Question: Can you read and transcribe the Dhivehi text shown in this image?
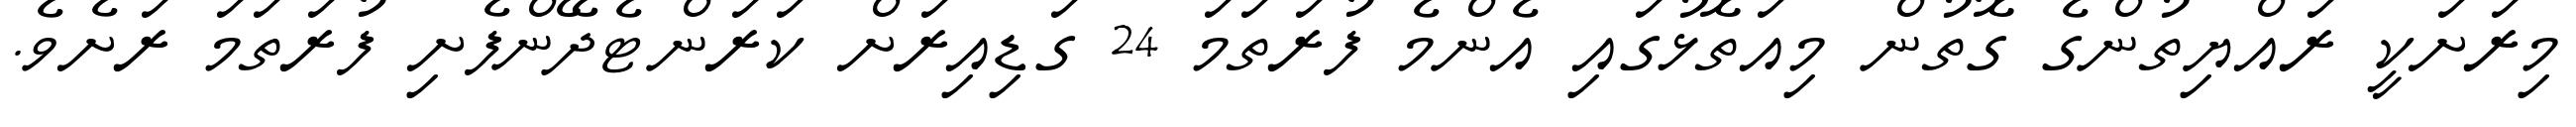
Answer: މިރަށަކީ ރައްޔިތުންގެ ގޮތުން މިއަތޮޅުގައި އެންމެ ފުރަތަމަ 24 ގަޑިއިރަށް ކަރަންޓެދޭންފެށި ފުރަތަމަ ރަށެވެ.